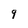
Character: 9